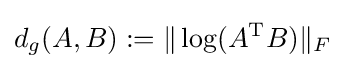
d_{g}(A,B):=\|\log(A^{\text{T}}B)\|_{F}